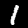
Digit: 1